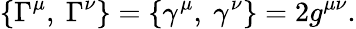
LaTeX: \{ \Gamma^{\mu},~\Gamma^{\nu}\} =\{ \gamma^{\mu},~\gamma^{\nu}\} =2g^{\mu\nu}.